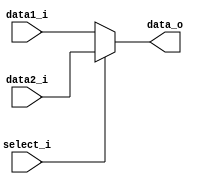
module MUX32(
    input  [31:0] data1_i,
    input  [31:0] data2_i,
    input  select_i,
    output [31:0] data_o
);

assign data_o = select_i ? data2_i : data1_i;
endmodule

module MUX32W(
    input  MemtoReg,
    input  [31:0] ALU_result,
    input  [31:0] read_data,
    output [31:0] data_o
);

assign data_o = MemtoReg ? read_data : ALU_result;
endmodule

// Forward A B
module MUX32_Forward (
    input [1:0]  Forward_i,
    input [31:0] ID_EX_rs_data_i, //00
    input [31:0] EX_MEM_ALU_result_i, // 10
    input [31:0] write_data_i, // 01
    output [31:0] data_o
);
assign data_o = Forward_i[1] ?
                (Forward_i[0] ? 32'bx : EX_MEM_ALU_result_i) :
                (Forward_i[0] ? write_data_i : ID_EX_rs_data_i) ;
endmodule